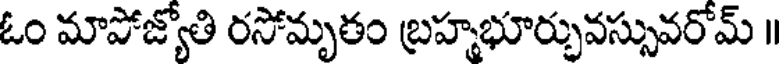
ఓం మాపోజ్యోతి రసోమృతం బ్రహభూర్భువస్సువరోమ్ ॥